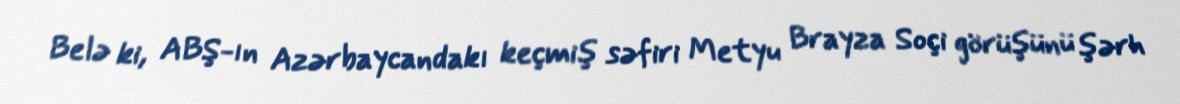
Belə ki, ABŞ-ın Azərbaycandakı keçmiş səfiri Metyu Brayza Soçi görüşünü şərh